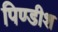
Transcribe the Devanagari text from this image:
पिण्डीश